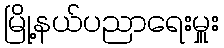
မြို့နယ်ပညာရေးမှူး